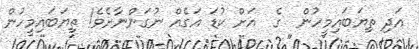
އަދި ތިޔަބައިމީހުން  ގެ  އަށް ކުޑަ އަގެއް ނުގަންނާށެވެ! ތިޔަބައިމީހުން